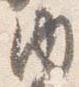
内